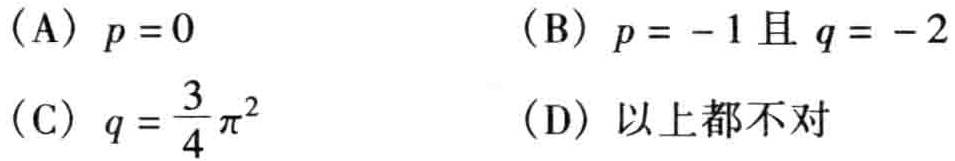
(A) \(p = 0\)
(B) \(p=-1\) 且 \(q = - 2\)
(C) \(q=\frac{3}{4}\pi^{2}\)
(D) 以上都不对